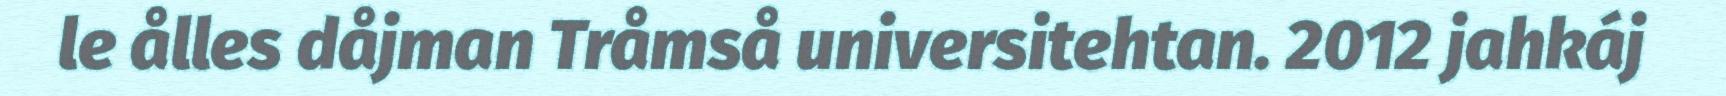
le ålles dåjman Tråmså universitehtan. 2012 jahkáj